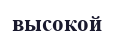
высокой